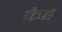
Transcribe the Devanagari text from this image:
केह्र